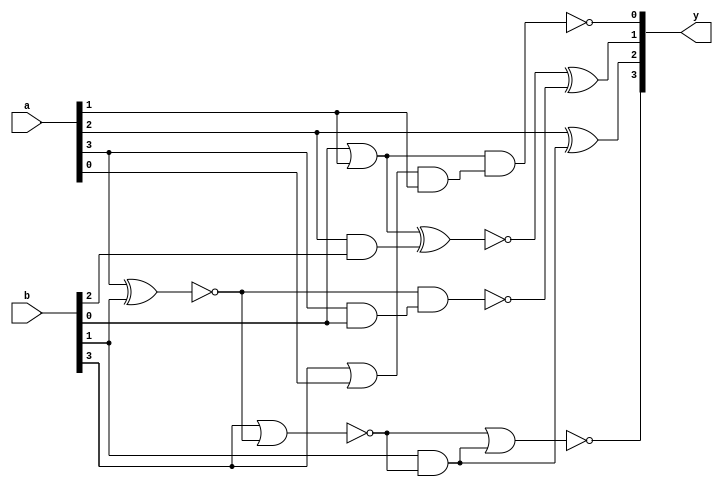
module test_4(y,a,b);


input [3:0] a;
input [3:0] b;
output [3:0] y;

wire [9:0] w;

and	and_1(w[0],w[1],a[1]);
and 	and_2 (w[2],a[2],b[2]);
xor	xor_1 (y[2],a[2],w[3]);
nand	nand_1 (y[0],w[5],w[0]);
nand	nand_2 (w[4],w[6],w[8]);
nor	nor_1 (w[7],b[3],w[6]);
nor	nor_2 (y[3],w[7],w[3]);
and	and_3 (w[8],a[3],b[0]);
and	and_4 (w[3],b[1],w[7]);
or	or_1 (w[1],b[3],a[0]);
or	or_2 (w[5],b[0],a[1]);
xnor	xnor_1 (w[9],w[5],w[2]);
xnor	xnor_2 (w[6],a[3],b[1]);
xor	xor_2 (y[1],w[9],w[4]);

endmodule